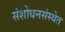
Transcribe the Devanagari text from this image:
संशोधनसंस्थेत